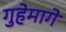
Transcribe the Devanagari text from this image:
गुहेमागे